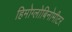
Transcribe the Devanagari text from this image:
हिमोग्लोबिनोमीटर